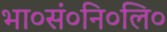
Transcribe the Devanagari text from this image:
भा०सं०नि०लि०